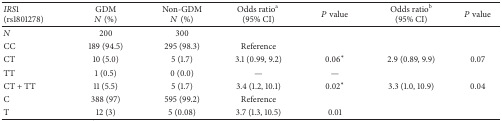
<table><thead><tr><td><b><i>IRS</i>1 (rs1801278)</b></td><td><b>GDM<i>N</i> (%)</b></td><td><b>Non-GDM<i>N</i> (%)</b></td><td><b>Odds ratio<sup>a</sup> (95% CI)</b></td><td><b><i>P</i> value</b></td><td><b>Odds ratio<sup>b</sup> (95% CI) </b></td><td><b><i>P</i> value </b></td></tr></thead><tbody><tr><td><i>N</i></td><td>200</td><td>300</td><td> </td><td> </td><td> </td><td> </td></tr><tr><td>CC</td><td>189 (94.5)</td><td>295 (98.3)</td><td>Reference</td><td> </td><td> </td><td> </td></tr><tr><td>CT</td><td>10 (5.0)</td><td>5 (1.7)</td><td>3.1 (0.99, 9.2)</td><td>0.06*</td><td>2.9 (0.89, 9.9)</td><td>0.07</td></tr><tr><td>TT</td><td>1 (0.5)</td><td>0 (0.0)</td><td>—</td><td>—</td><td> </td><td> </td></tr><tr><td>CT + TT</td><td>11 (5.5)</td><td>5 (1.7)</td><td>3.4 (1.2, 10.1)</td><td>0.02*</td><td>3.3 (1.0, 10.9)</td><td>0.04</td></tr><tr><td>C</td><td>388 (97)</td><td>595 (99.2)</td><td>Reference</td><td> </td><td> </td><td> </td></tr><tr><td>T</td><td>12 (3)</td><td>5 (0.08)</td><td>3.7 (1.3, 10.5)</td><td>0.01</td><td> </td><td> </td></tr></tbody></table>